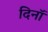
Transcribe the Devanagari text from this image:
दिनॉ